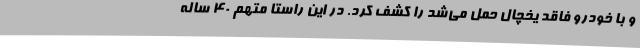
و با خودرو فاقد یخچال حمل می‌شد را کشف کرد. در این راستا متهم 40 ساله